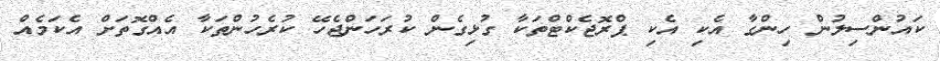
ކައުންސިލުން ހިންގާ އެކި އެކި ޕްރޮޖެކްޓްތަކާ ގުޅިގެން ކުރަހަންޖެހޭ ކުރެހުންތަކާ އެއްގޮތަށް އެކަމެއް